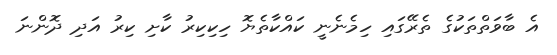
އެ ބާވަތްތަކުގެ ތެރޭގައި ހިމެނެނީ ކައްކާތެޔޮ ހިކިކިރު ކާށި ކިރު އަދި ދޮންނަ